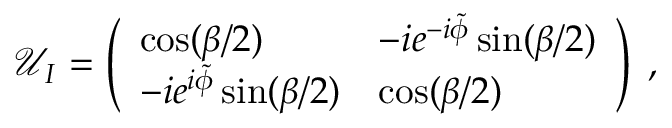
\mathcal { U } _ { I } = \left( \begin{array} { l l } { \cos ( \beta / 2 ) } & { - i e ^ { - i \tilde { \phi } } \sin ( \beta / 2 ) } \\ { - i e ^ { i \tilde { \phi } } \sin ( \beta / 2 ) } & { \cos ( \beta / 2 ) } \end{array} \right) \; ,